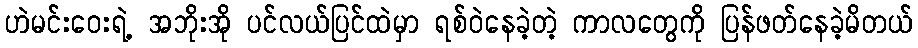
ဟဲမင်းဝေးရဲ့ အဘိုးအို ပင်လယ်ပြင်ထဲမှာ ရစ်ဝဲနေခဲ့တဲ့ ကာလတွေကို ပြန်ဖတ်နေခဲ့မိတယ်